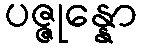
ပဇ္ဇုန္နော